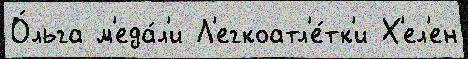
О́льга м'еда́л'и Л'егкоатл'е́тк'и Х'ел'ен